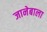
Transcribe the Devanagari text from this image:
जानेबाला